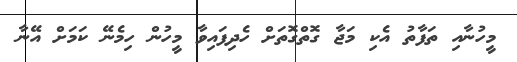
މީހުނާއި ތަފާތު އެކި މަޖާ ގޮތްގޮތަށް ހެދިފައިވާ މީހުން ހިމެނޭ ކަމަށް އޭނާ